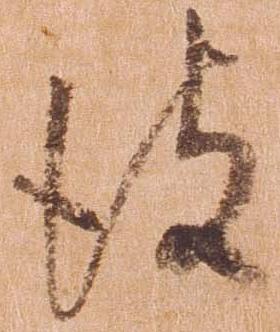
彼